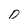
Character: 0